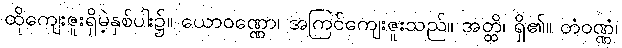
ထိုကျေးဇူးရှိမဲ့နှစ်ပါး၌။ ယောဝဏ္ဏော၊ အကြင်ကျေးဇူးသည်။ အတ္ထိ၊ ရှိ၏။ တံဝဏ္ဏံ၊